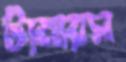
টামারস